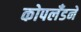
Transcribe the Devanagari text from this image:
कोपलँडने